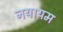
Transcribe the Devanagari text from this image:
नयायम